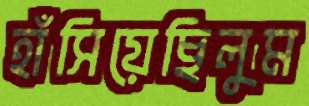
হাঁসিয়েছিলুম